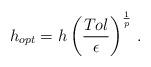
LaTeX: \begin{align*}h_{opt}=h\displaystyle\left(\frac{Tol}{\epsilon}\right)^{\frac{1}{p}}\, .\end{align*}